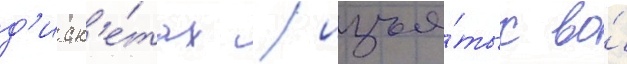
д'иск'е́тах / изъя́тых во́